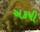
અકષી